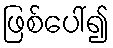
ဖြစ်ပေါ်၍